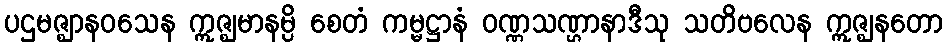
ပဌမဇ္ဈာနဝသေန ဣဇ္ဈမာနမ္ပိ စေတံ ကမ္မဋ္ဌာနံ ဝဏ္ဏသဏ္ဌာနာဒီသု သတိဗလေန ဣဇ္ဈနတော